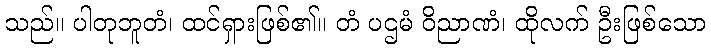
သည်။ ပါတုဘူတံ၊ ထင်ရှားဖြစ်၏။ တံ ပဌမံ ဝိညာဏံ၊ ထိုလက် ဦးဖြစ်သော